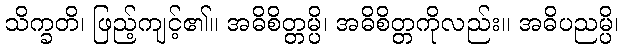
သိက္ခတိ၊ ဖြည့်ကျင့်၏။ အဓိစိတ္တမ္ပိ၊ အဓိစိတ္တကိုလည်း။ အဓိပညမ္ပိ၊